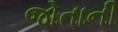
જોતાની